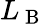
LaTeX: L_{\mathrm{~B~}}